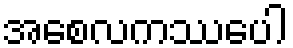
အစေလကဿပေါ